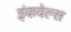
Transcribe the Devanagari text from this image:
इंकवेल्स